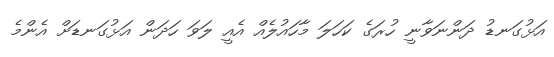
އަޅުގަނޑު ދަންނަވާނީ ހުރަގެ ކަހަލަ މާހައުލެއް އެއީ ލަވަ ހަދަން އަޅުގަނޑަށް އެންމެ